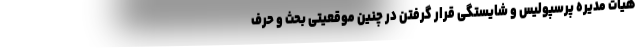
هیات مدیره پرسپولیس و شایستگی قرار گرفتن در چنین موقعیتی بحث و حرف